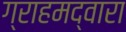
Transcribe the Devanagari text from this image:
ग्राहमद्वारा